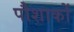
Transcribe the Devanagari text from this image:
पौशाकों